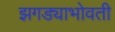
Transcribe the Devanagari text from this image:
झगड्याभोवती